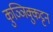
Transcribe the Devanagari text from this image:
कुञ्ञिक्कुट्टन